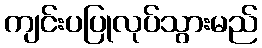
ကျင်းပပြုလုပ်သွားမည်